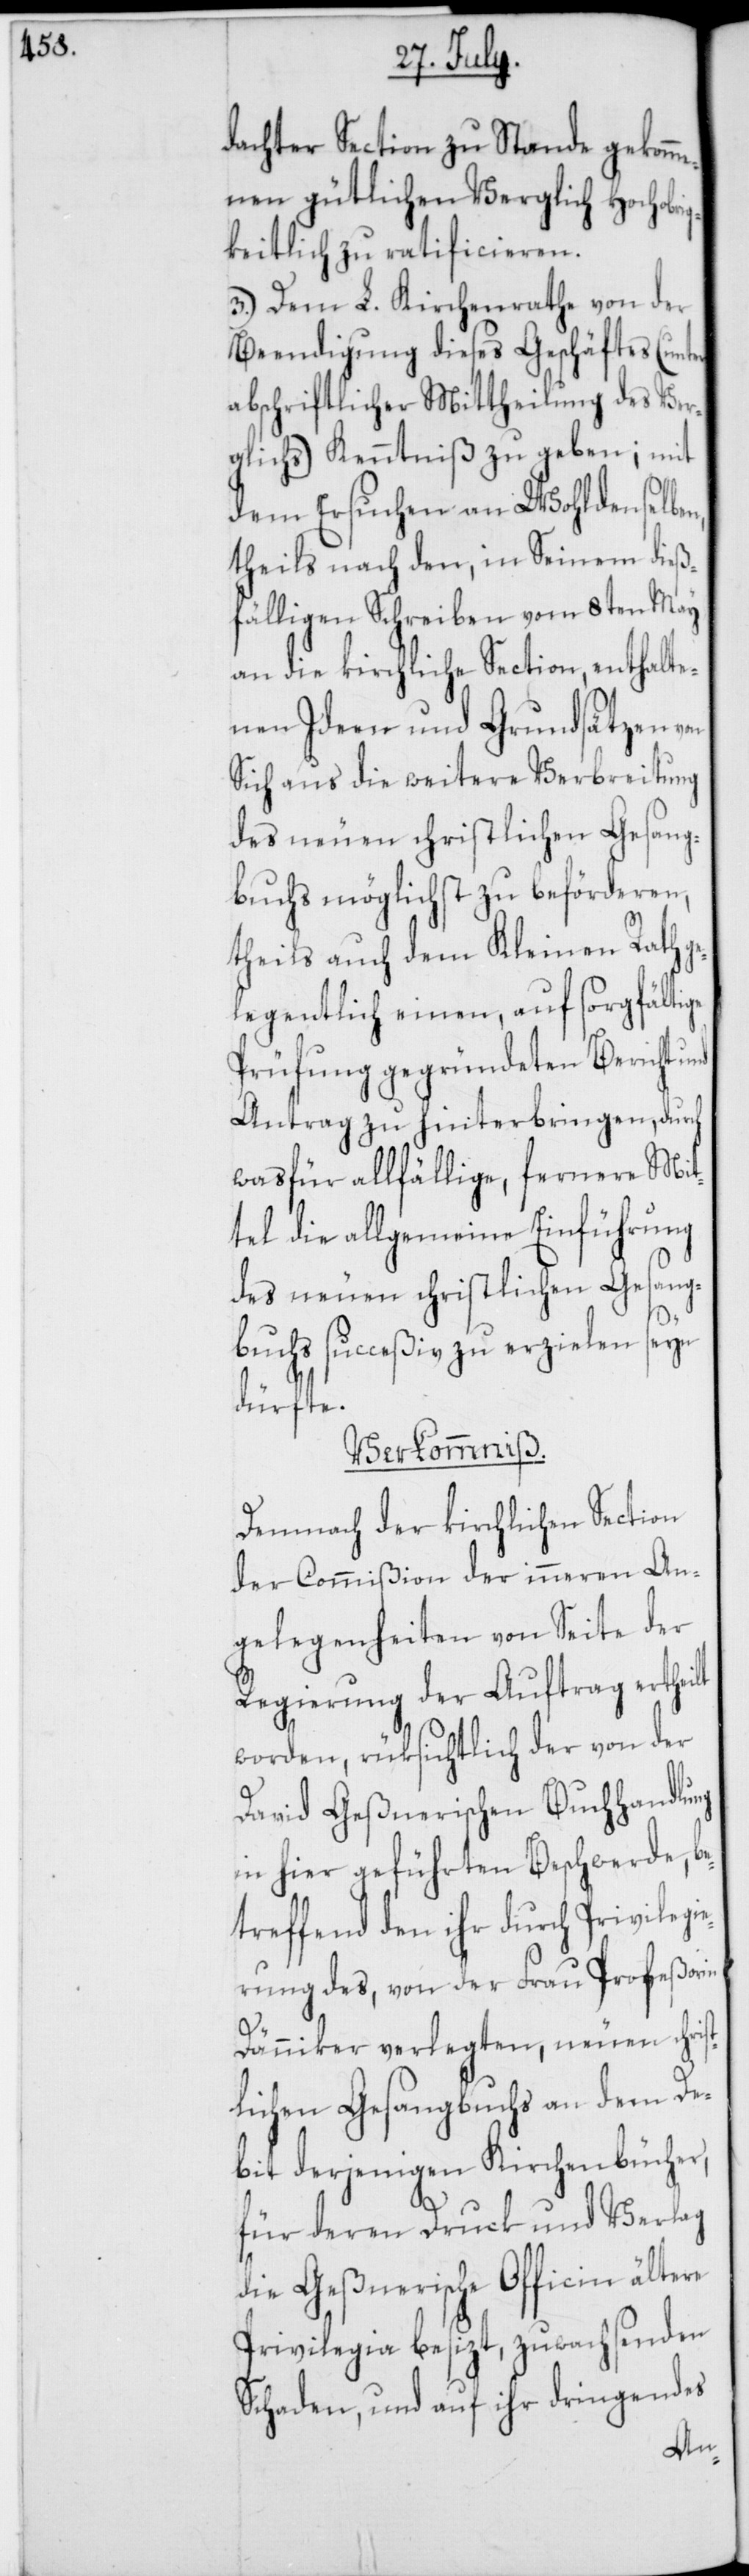
dachter Section zustande gekomme¬
nen gütlichen Verglich Hochobri¬
gkeitlich zu ratificieren.
3.) Dem L. Kirchenrathe von der
Beendigung dieses Geschäftes (unter
abschriftlicher Mittheilung des Ver¬
glichs) Kenntniß zu geben; mit
dem Ersuchen an Wohldenselben,
theils nach den, in Seinem dieß¬
fälligen Schreiben vom 8ten May
an die kirchliche Section, enthalte¬
nen Ideen und Grundsätzen von
Sich aus die weitere Verbreitung
des neuen christlichen Gesang¬
buchs möglichst zu beförderen,
theils auch dem Kleinen Rath ge¬
legentlich einen, auf sorgfältige
Prüfung gegründeten Bericht und
Antrag zu hinterbringen, durch
was für allfällige, fernere Mit¬
tel die allgemeine Einführung
des Neuen Christlichen Gesang¬
buchs succeßiv zu erzielen seyn
dürfte.
Verkommniß.
Demnach der kirchlichen Section
der Commißion der inneren An¬
gelegenheiten von Seite der
Regierung der Auftrag ertheilt
worden, rüksichtlich der von der
David Geßnerischen Buchhandlung
in hier geführten Beschwerde, be¬
treffend den ihr durch Privilegi¬
erung des, von der Frau Profeßorin
Dänniker verlegten, neuen chris¬
tlichen Gesangbuchs an dem De¬
bit derjenigen Kirchenbücher,
für deren Druck und Verlag
die Geßnerische Officin ältere
Privilegia besizt, zuwachsenden
Schaden, und auf ihr dringendes